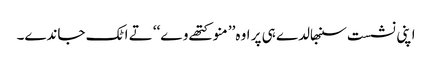
اپنی نشست سنبھالدے ہی پر اوہ’’ منو کتھے وے‘‘ تے اٹک جاندے۔